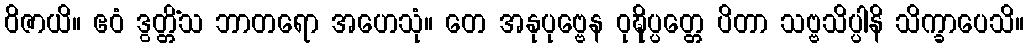
ဝိဇာယိ။ ဧဝံ ဒွတ္တိံသ ဘာတရော အဟေသုံ။ တေ အနုပုဗ္ဗေန ဝုဍ္ဎိပ္ပတ္တေ ပိတာ သဗ္ဗသိပ္ပါနိ သိက္ခာပေသိ။